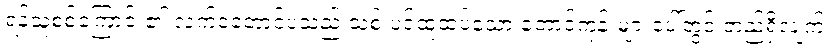
ရန်သူစစ်ကြောင်း၏ လက်ဝဲတောင်ပံသည် သစ် ပင်ထူထပ်သော တောင်ကုန်းများပေါ်တွင် တည်ရှိလျက်